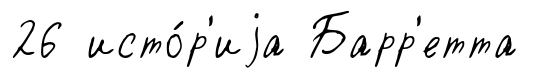
26 исто́р'иjа Барр'етта